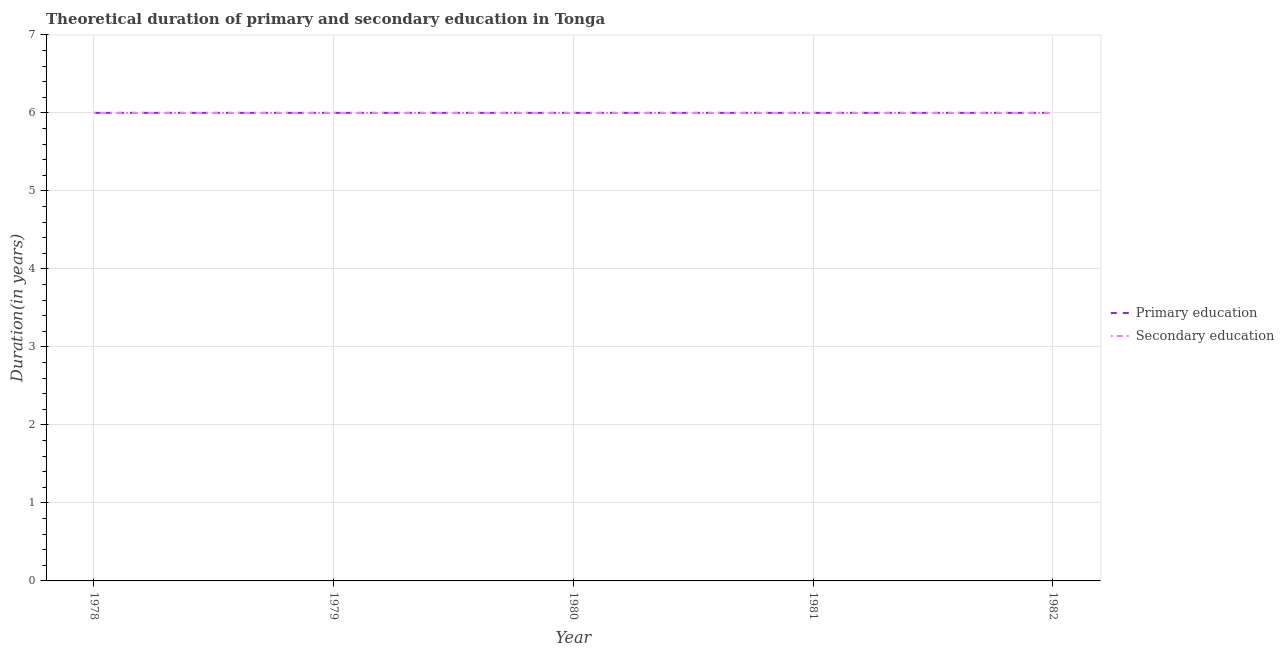
| Year | Primary education | Secondary education |
 | --- | --- | --- |
 | 1978 | 6 | 6 |
 | 1979 | 6 | 6 |
 | 1980 | 6 | 6 |
 | 1981 | 6 | 6 |
 | 1982 | 6 | 6 |